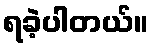
ရခဲ့ပါတယ်။